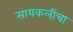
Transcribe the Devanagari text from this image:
सायकलींचा